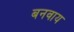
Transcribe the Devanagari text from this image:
बनवाय